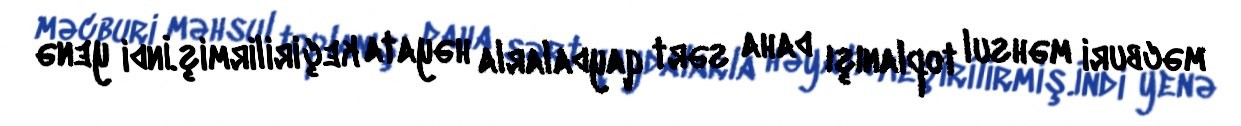
məcburi məhsul toplanışı daha sərt qaydalarla həyata keçirilirmiş.İndi yenə